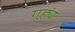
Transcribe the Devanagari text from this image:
गुह्यं